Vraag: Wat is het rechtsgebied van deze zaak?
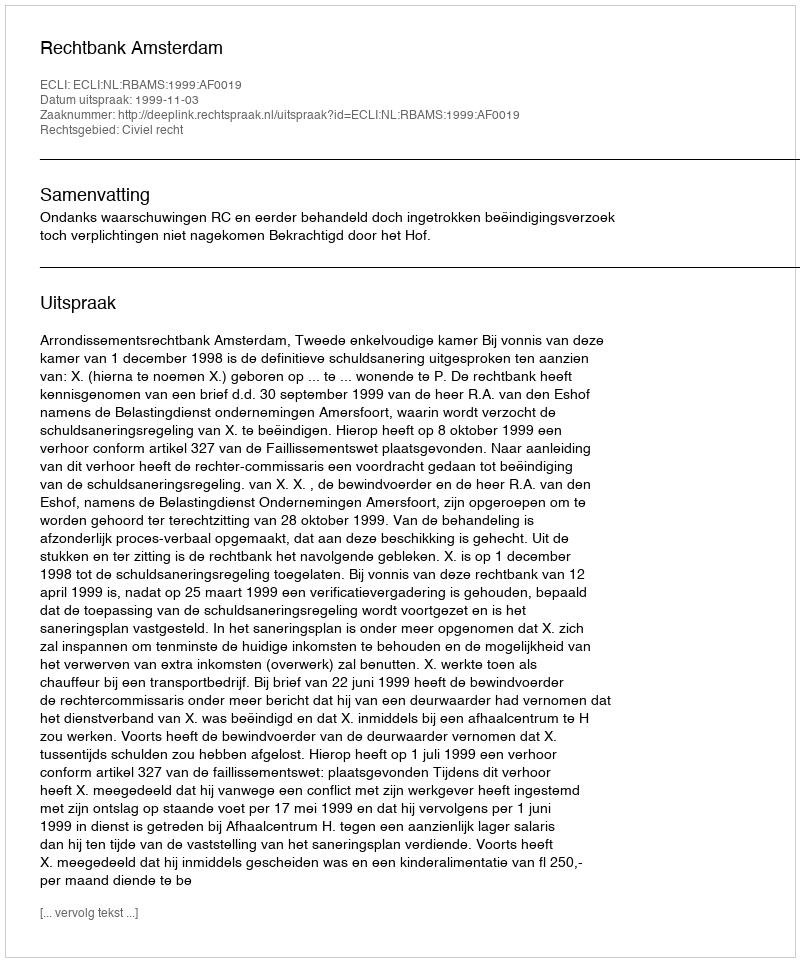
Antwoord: Civiel recht